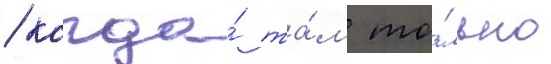
/ когда́ та́м то́лько